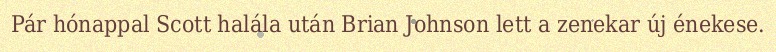
Pár hónappal Scott halála után Brian Johnson lett a zenekar új énekese.